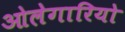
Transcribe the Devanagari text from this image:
ओलेगारियो